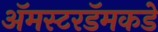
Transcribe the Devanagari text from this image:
ॲमस्टरडॅमकडे